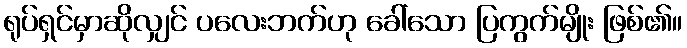
ရုပ်ရှင်မှာဆိုလျှင် ပလေးဘက်ဟု ခေါ်သော ပြကွက်မျိုး ဖြစ်၏။